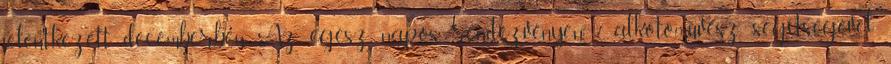
jelentkezett decemberben. Az egész napos rendezvényen 7 alkotóművész segítségével